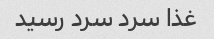
غذا سرد سرد رسید